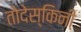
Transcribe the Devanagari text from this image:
तोदेस्किनी